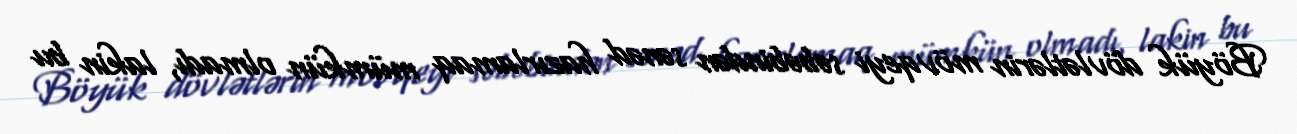
Böyük dövlətlərin mövqeyi səbəbindən sənəd hazırlamaq mümkün olmadı, lakin bu